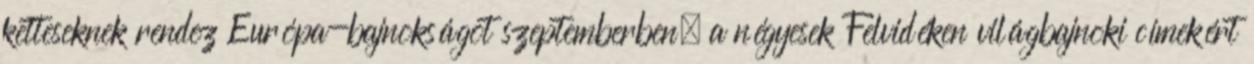
ketteseknek rendez Európa-bajnokságot szeptemberben, a négyesek Felvidéken világbajnoki címekért